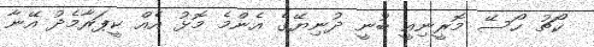
ކޯޗު ހޯސޭ މޮރީނިއީ ބުނީ ދުނިޔޭގެ އެންމެ މޮޅު އެއް ކީޕަރާމެދު އޭނާ